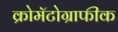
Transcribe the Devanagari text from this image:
क्रोमॅटोग्राफीक